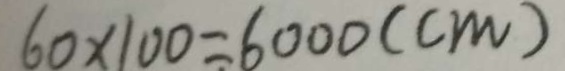
6 0 \times 1 0 0 = 6 0 0 0 ( c m )